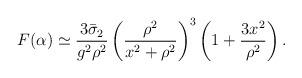
LaTeX: \begin{align*}F(\alpha )\simeq\frac{3\bar{\sigma}_2}{g^2\rho^2}\left(\frac{\rho^2}{x^2+\rho^2}\right)^3 \left(1+\frac{3x^2}{\rho^2}\right).\end{align*}